Plague in India, 1896, 1897 - Volume 3
Year: 1896
Disease focus: Plague
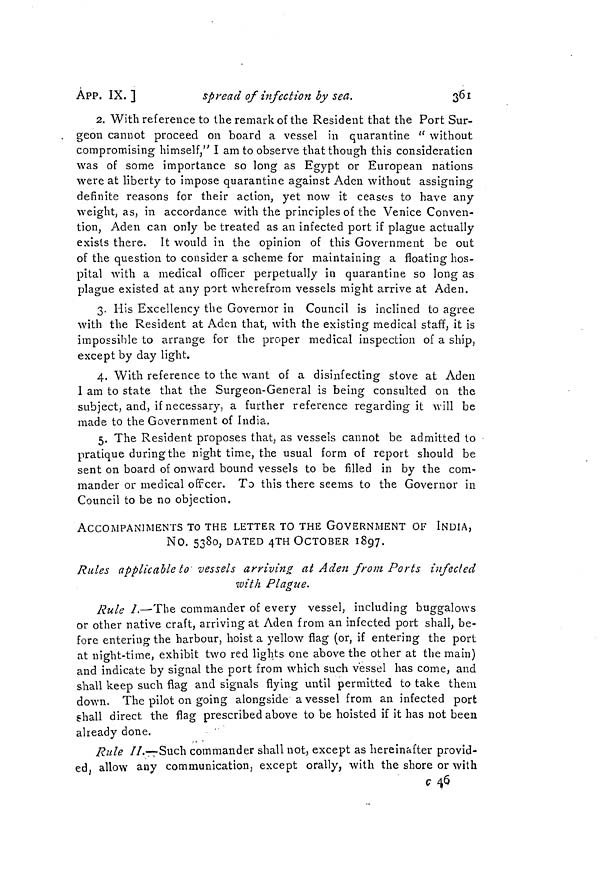
361
ÁPP. IX. ]
spread of infection by sea.
2. With reference to the remark of the Resident that the Port Sur-
geon cannot proceed on board a vessel in quarantine " without
compromising himself," I am to observe that though this consideration
was of some importance so long as Egypt or European nations
were at liberty to impose quarantine against Aden without assigning
definite reasons for their action, yet now it ceases to have any
weight, as, in accordance with the principles of the Venice Conven-
tion, Aden can only be treated as an infected port if plague actually
exists there. It would in the opinion of this Government be out
of the question to consider a scheme for maintaining a floating hos-
pital with a medical officer perpetually in quarantine so long as
plague existed at any port wherefrom vessels might arrive at Aden.
3. His Excellency the Governor in Council is inclined to agree
with the Resident at Aden that, with the existing medical staff, it is
impossible to arrange for the proper medical inspection of a ship,
except by day light.
4. With reference to the want of a disinfecting stove at Aden
1 am to state that the Surgeon-General is being consulted on the
subject, and, if necessary, a further reference regarding it will be
made to the Government of India.
5. The Resident proposes that, as vessels cannot be admitted to
pratique during the night time, the usual form of report should be
sent on board of onward bound vessels to be filled in by the com-
mander or medical off cer. To this there seems to the Governor in
Council to be no objection,
ACCOMPANIMENTS TO THE LETTER TO THE GOVERNMENT OF INDIA,
NO. 5380, DATED 4TH OCTOBER 1897.
Rules applicable to vessels arriving at Aden from Ports infected
with Plague.
Rule I.—The commander of every vessel, including buggalows
or other native craft, arriving at Aden from an infected port shall, be-
fore entering the harbour, hoist a yellow flag (or, if entering the port
at night-time, exhibit two red lights one above the other at the main)
and indicate by signal the port from which such vessel has come, and
shall keep such flag and signals flying until permitted to take them
down. The pilot on going alongside a vessel from an infected port
shall direct the flag prescribed above to be hoisted if it has not been
already done.
Rule II.—Such commander shall not, except as hereinafter provid-
ed, allow any communication, except orally, with the shore or with
ç 46